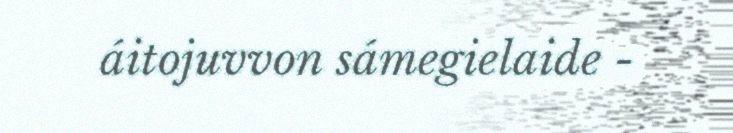
áitojuvvon sámegielaide -